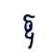
ឱ